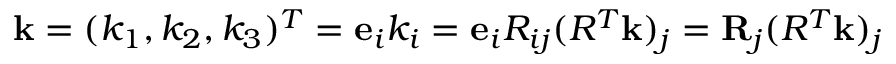
{ \bf k } = ( k _ { 1 } , k _ { 2 } , k _ { 3 } ) ^ { T } = { \bf e } _ { i } k _ { i } = { \bf e } _ { i } R _ { i j } ( R ^ { T } { \bf k } ) _ { j } = { \bf R } _ { j } ( R ^ { T } { \bf k } ) _ { j }